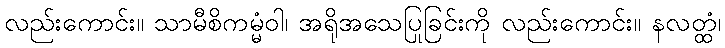
လည်းကောင်း။ သာမီစိကမ္မံဝါ၊ အရိုအသေပြုခြင်းကို လည်းကောင်း။ နလတ္ထံ၊